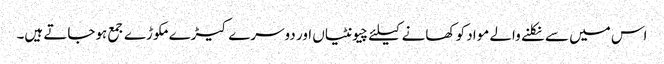
اس میں سے نکلنے والے مواد کو کھانے کیلئے چیونٹیاں اور دوسرے کیڑے مکوڑے جمع ہوجاتے ہیں۔